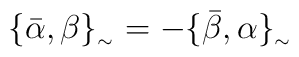
\{\bar{\alpha },\beta \}_{_{\sim }} = -\{\bar{\beta  },\alpha  \}_{_{\sim }}